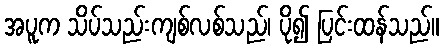
အပူက သိပ်သည်းကျစ်လစ်သည်၊ ပို၍ ပြင်းထန်သည်။